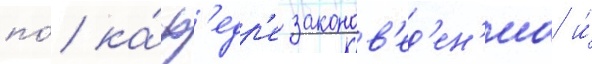
по́ ка́ф'едр'е законов'ед'ен'иа и́